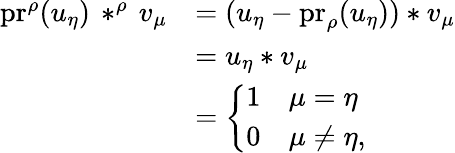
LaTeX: \begin{array}{rl}{\mathrm{pr}^{\rho}(u_{\eta})\, *^{\rho}\, v_{\mu}}&{=(u_{\eta}-\mathrm{pr}_{\rho}(u_{\eta}))*v_{\mu}}\\ &{=u_{\eta}*v_{\mu}}\\ &{=\left\{ \begin{array}{ll}{1}&{\mu=\eta}\\ {0}&{\mu\neq\eta,}\end{array}\right.}\end{array}